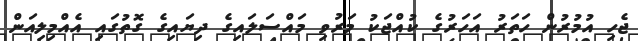
ޖެހި އުމުރުން ހަތަރު އަހަރުގެ ކުއްޖަކު މަރުވި މައްސަލައިގެ ދިޔައިގެ ގޮތުގައި އެއްމިލިއަން